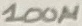
Text: 100µ